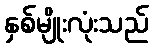
နှစ်မျိုးလုံးသည်